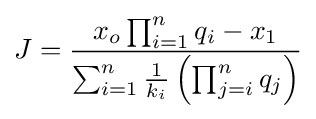
J={\frac {x_{o}\prod _{i=1}^{n}q_{i}-x_{1}}{\sum _{i=1}^{n}{\frac {1}{k_{i}}}\left(\prod _{j=i}^{n}q_{j}\right)}}